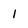
Character: 1